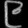
Digit: ၉